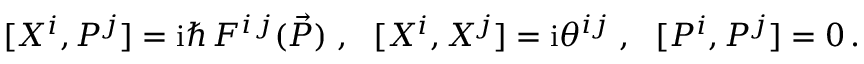
[ X ^ { i } , P ^ { j } ] = \ensuremath { \mathrm { i } } \hbar \, F ^ { i \, j } ( \vec { P } ) \; , \ \ [ X ^ { i } , X ^ { j } ] = \ensuremath { \mathrm { i } } \theta ^ { i j } \; , \ \ [ P ^ { i } , P ^ { j } ] = 0 \, .